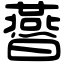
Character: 㬫